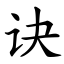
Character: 诀